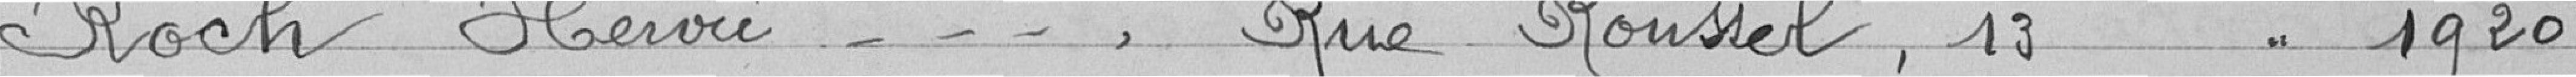
Koch Henri, Rue Roussel, 13 1920